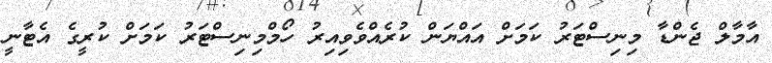
އާމާލް ޖެންޑާ މިނިސްޓަރު ކަމަށް އައްޔަން ކުރެއްވެވިއިރު ހޯމްމިނިސްޓަރު ކަމަށް ކުރީގެ އެޓާނީ